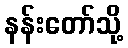
နန်းတော်သို့